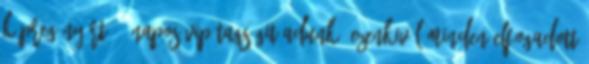
képregényért 30 napos VIP tagságit adunk, ezenkivül minden elfogadott